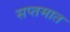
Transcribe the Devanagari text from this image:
सप्तमात